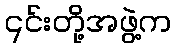
၎င်းတို့အဖွဲ့က